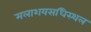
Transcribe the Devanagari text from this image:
मलाशयसधिस्थल